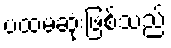
ပထမဆုံးဖြစ်သည်